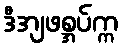
ဒီအျဖစ္အပ်က္က